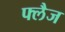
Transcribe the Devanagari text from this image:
फ्लैज